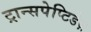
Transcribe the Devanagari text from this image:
ट्रान्सपेप्टिडेज़